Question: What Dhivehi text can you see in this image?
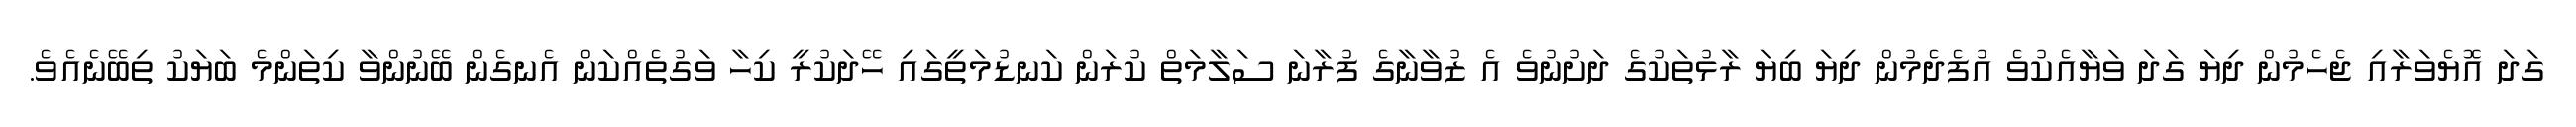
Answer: ގަދަ އޮޔެވަރާއި ޖެހެމުން ދިޔަ ގަދަ ވަޔާއެކުވެ އުފެދެމުން ދިޔަ ބިޔަ ރާޅުތަކުގެ ދަށުނުވެ އެ ޒުވާނާގެ ފުރާނަ ސަލާމަތް ކުރަން ކަނޑުމަތީގައި ހޭދަކުރީ ކިހާ ވަގުތެއްކަން އެނގެން ބޭނުންވާ ކިތަންމެ ބަޔަކު ތިބޭނެއެވެ.